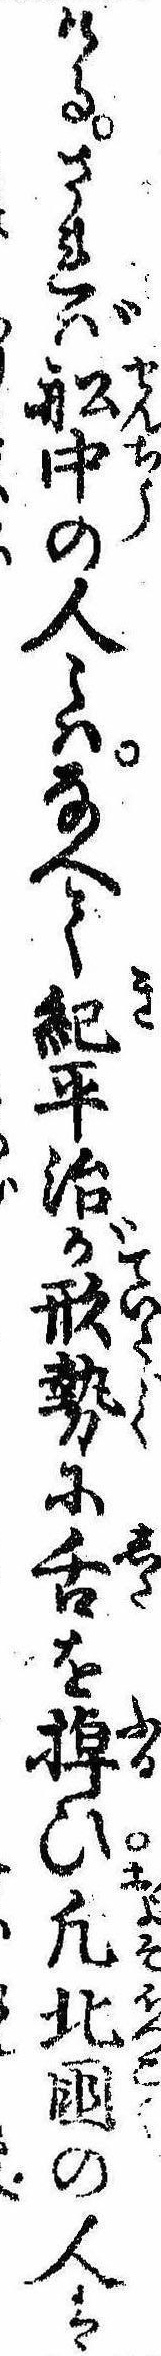
けるされば船中の人〻はなへて紀平治が形勢に舌を掉ひ凡北国の人は